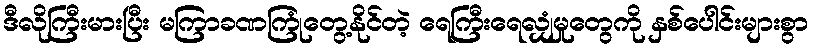
ဒီလိုကြီးမားပြီး မကြာခဏကြုံတွေ့နိုင်တဲ့ ရေကြီးရေလျှံမှုတွေကို နှစ်ပေါင်းများစွာ